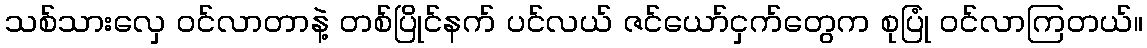
သစ်သားလှေ ဝင်လာတာနဲ့ တစ်ပြိုင်နက် ပင်လယ် ဇင်ယော်ငှက်တွေက စုပြုံ ဝင်လာကြတယ်။